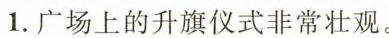
1.广场上的升旗仪式非常壮观。